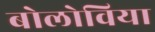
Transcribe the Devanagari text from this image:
बोलोविया